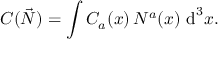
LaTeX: C ( { \vec { N } } ) = \int C _ { a } ( x ) \, N ^ { a } ( x ) \, \operatorname { d } ^ { 3 } \! x .